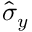
\hat { \sigma } _ { y }